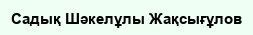
Садық Шәкелұлы Жақсығұлов